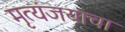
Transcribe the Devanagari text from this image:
मृत्यंजयाचा